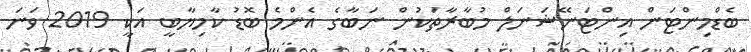
ބެޑްމިންޓަން އިންޓަނޭޝަނަލް މުބާރާތަކުން ނަބާގެ އެންމެ ބޮޑު ކާމިޔާބީ އަކީ 2019 ވަަނަ